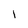
Character: l